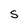
Character: S